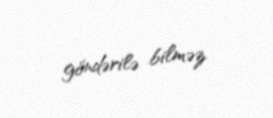
göndərilə bilməz.